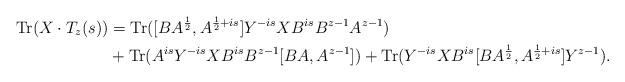
LaTeX: \begin{align*} {\rm Tr}(X\cdot T_z(s)) &= {\rm Tr}([BA^{\frac12},A^{\frac12+is}]Y^{-is}XB^{is} B^{z-1}A^{z-1})\\ &+ {\rm Tr}(A^{is}Y^{-is}XB^{is} B^{z-1}[BA,A^{z-1}])+{\rm Tr}(Y^{-is}XB^{is}[BA^{\frac12},A^{\frac12+is}]Y^{z-1}). \end{align*}